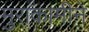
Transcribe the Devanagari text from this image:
मुराकामीने